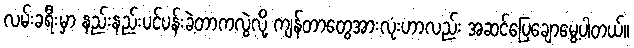
လမ်းခရီးမှာ နည်းနည်းပင်ပန်းခဲ့တာကလွဲလို့ ကျန်တာတွေအားလုံးဟာလည်း အဆင်ပြေချောမွေ့ပါတယ်။